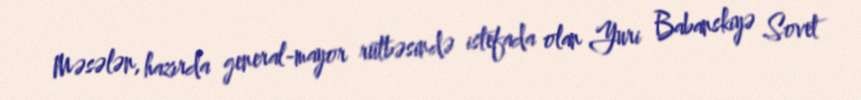
Məsələn, hazırda general-mayor rütbəsində istefada olan Yuri Babanskiyə Sovet